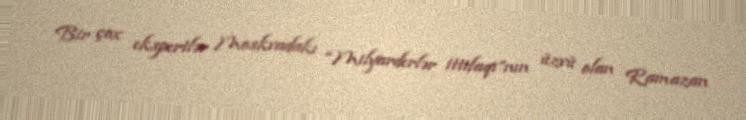
Bir çox ekspertlər Moskvadakı “Milyarderlər ittifaqı”nın üzvü olan Ramazan